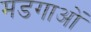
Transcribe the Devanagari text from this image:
मडगाओं